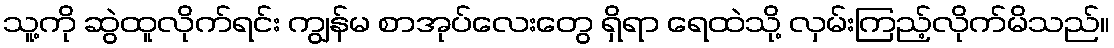
သူ့ကို ဆွဲထူလိုက်ရင်း ကျွန်မ စာအုပ်လေးတွေ ရှိရာ ရေထဲသို့ လှမ်းကြည့်လိုက်မိသည်။